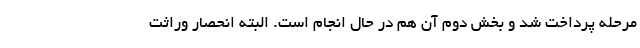
مرحله پرداخت شد و بخش دوم آن هم در حال انجام است. البته انحصار وراثت